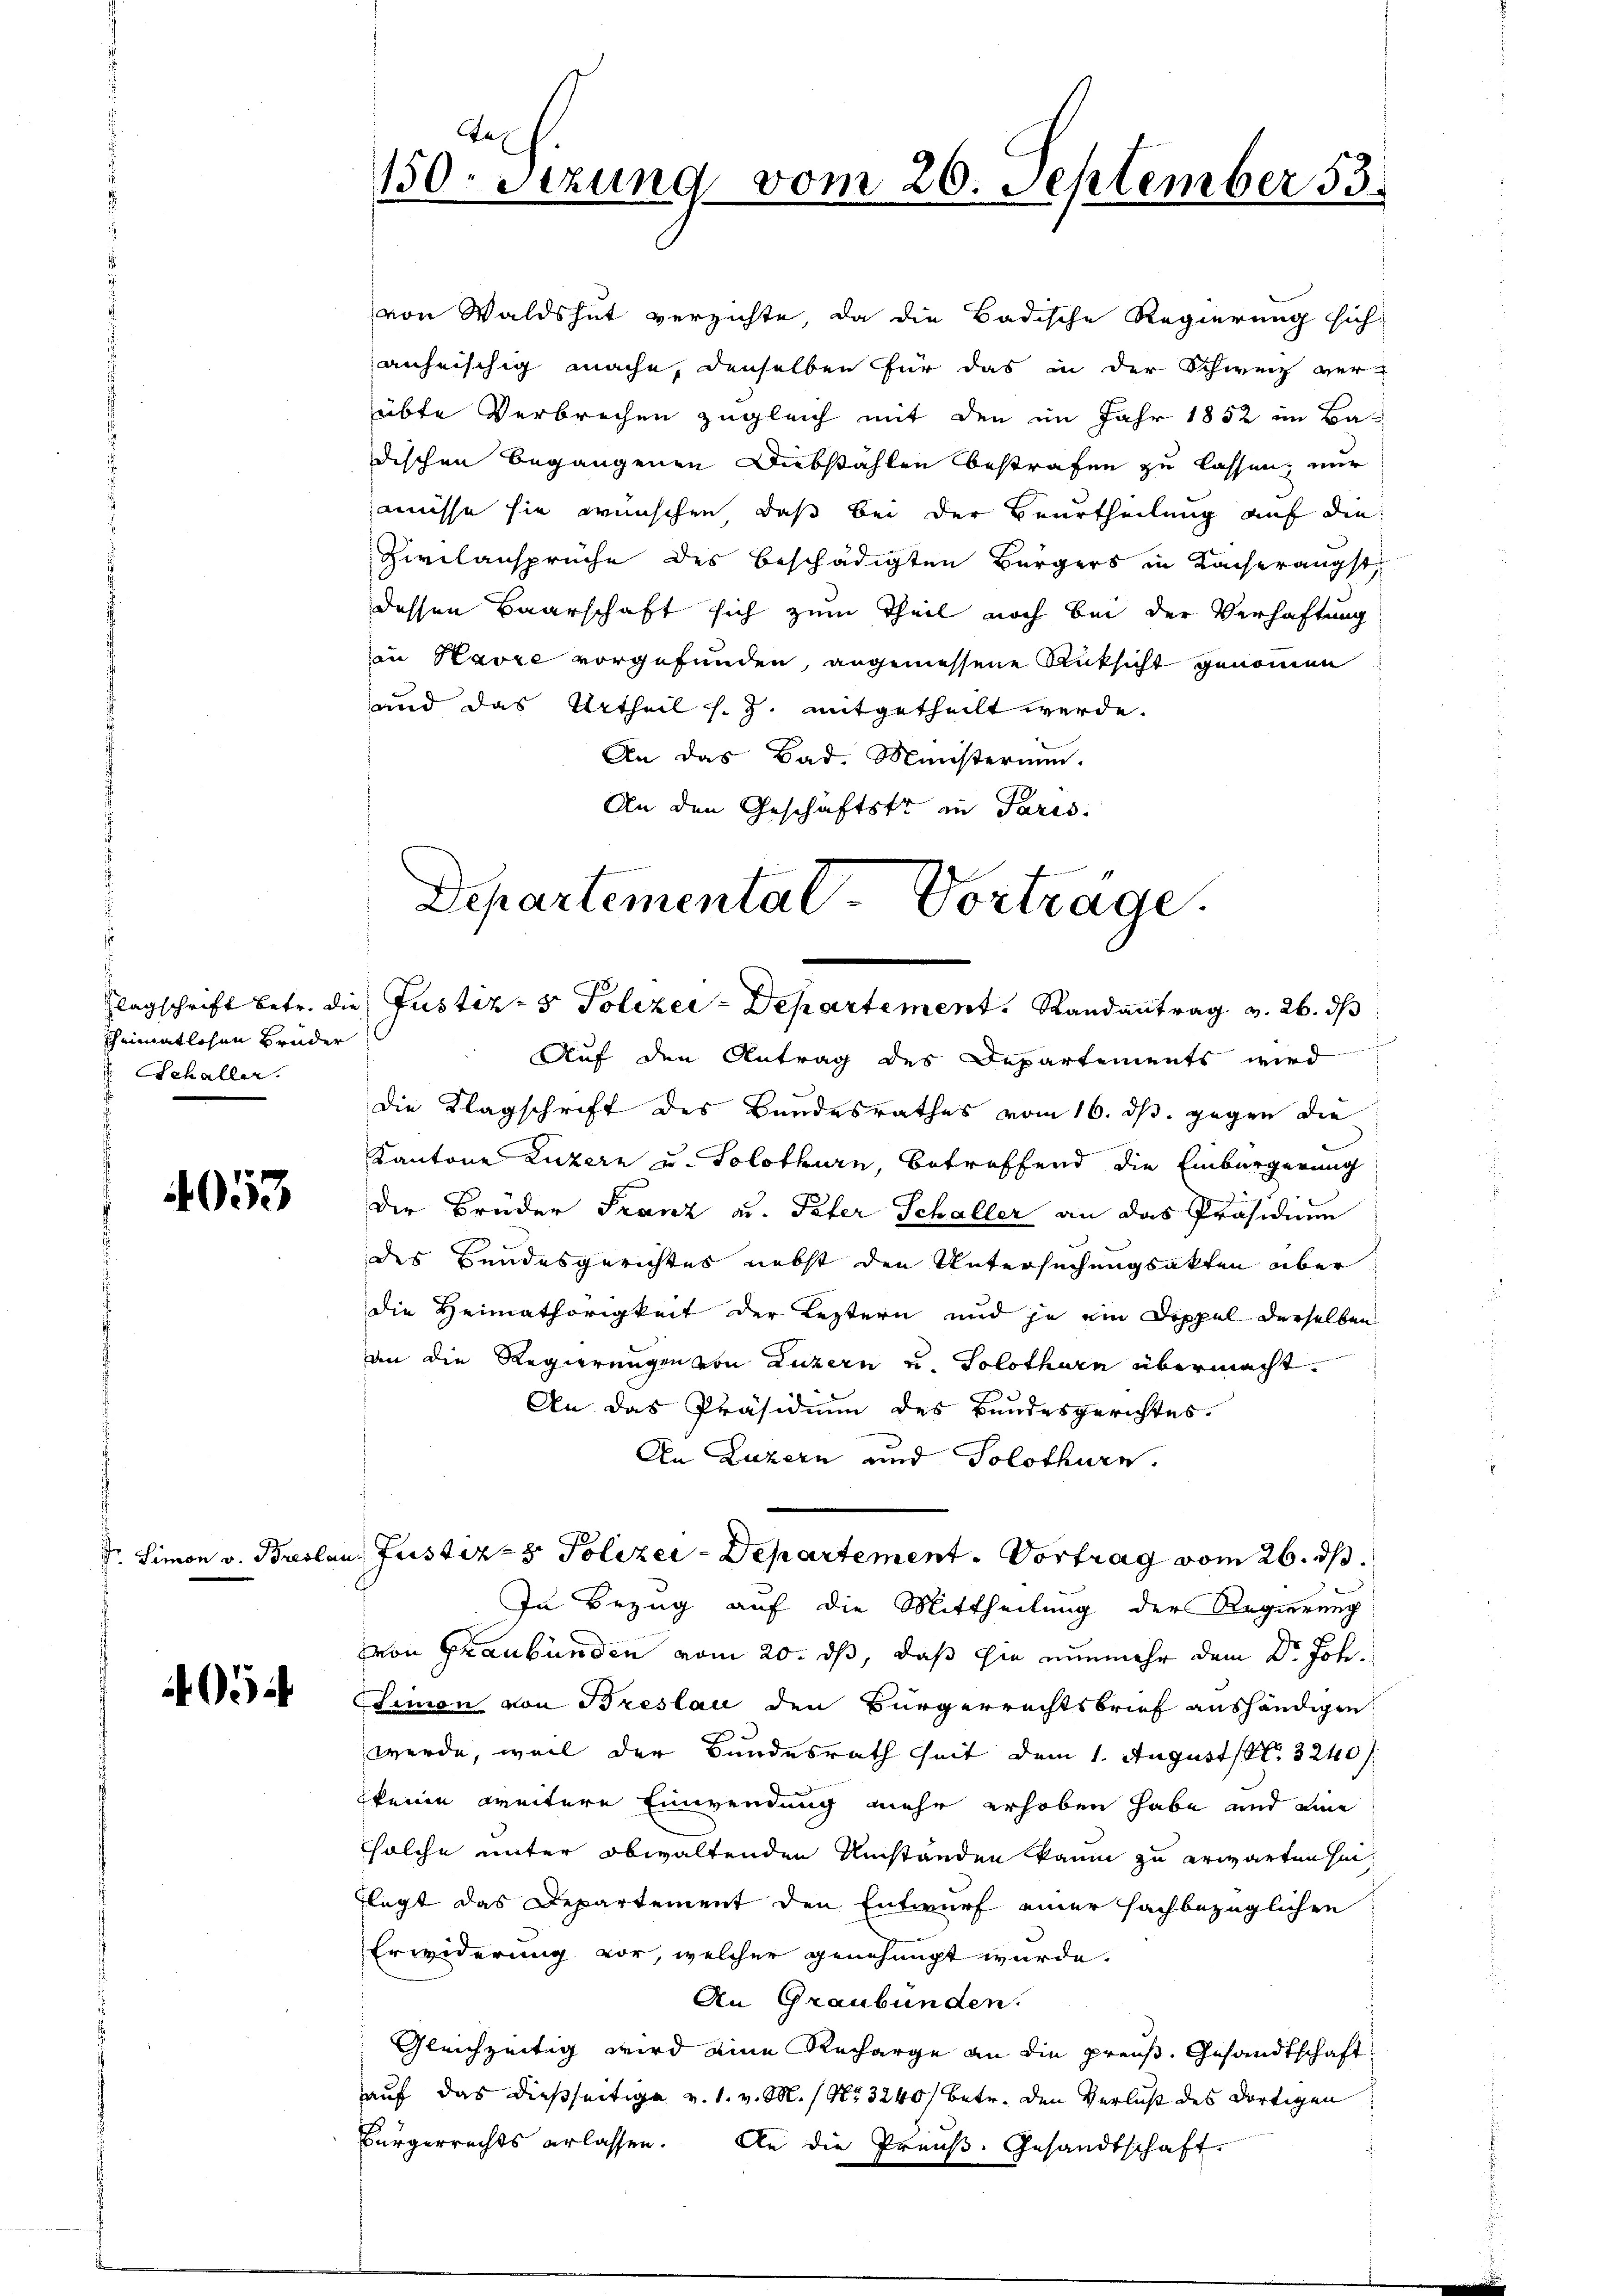
kheimatlosen Brüder
 Schaller.

4053

054

von Waldshut verzichte, da die Badische Regierung sich
anheischig mache, denselben für das in der Schweiz ver-
übte Verbrechen zugleich mit den im Jahr 1852 im Badischen begangenen Diebstählen bestrafen zu lassen, nur
aüsse sie wünschen, daß bei der Beurtheilung auf die
Zivilansprüche des beschädigten Bürgers in Lacherangst
dessen Baarschaft sich zum Theil noch bei der Verhaftung
in Havre vorgefunden, angemessene Rücksicht genommen
und das Urtheil s. Z. mitgetheilt werde.
An das Bad. Ministerium.
An den Geschäftste in Paris

n
150. Setzung vom 20. September 33.

Departementat. Vorträge.
lagschrift betr. die Justiz- & Polizei - Departement. Randantrag v. 26. ds

Auf den Antrag des Departements wird
Die Klagschrift des Bundesrathes vom 16. ds. gegen die
Kantone Luzern u. Solothurn, betreffend die Einbürgerung
Der Brüder Franz ad. Peter Schaller an das Präsidium
des Bundesgerichtes nebst den Untersuchungsakten aber
die Heimathörigkeit der Leztern und je ein Doppel derselben
an die Regierungen von Luzern u. Solothurn übermacht.
An das Präsidium des Bundesgerichtes
An Luzern und Solothurn.
In Bezug auf die Mittheilung der Regierung
von Graubünden vom 20. ds, daß sie nunmehr dem Dr. Joh.
timon von Breslau den Bürgerrechtsbrief aushändigen
werde, weil der Bundesrath seit dem 1. August S. 3240 f.
keine weitere Einwendung mehr erhoben habe und eine
solche unter obwaltenden Umständen kaum zu erwarten sei
flegt das Departement den Entwurf einer sachbezüglichen
Erwiderung vor, welcher genehmigt wurde.
An Graubünden.
Gleichzeitig wird eine Recharge an die preuß. Gesandtschaft
auf das dießseitige v. 1. v. M. / No 3240/ betr. den Verlust des dortigen
Bürgerrechts erlassen. An die Preuß. Gesandtschaft

Dr. Simon v. Breslau, Justiz- & Polizei-Departement. Vortrag vom 26. ds.